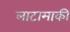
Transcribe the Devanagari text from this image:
लाटामाकी